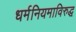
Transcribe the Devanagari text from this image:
धर्मनियमाविरुद्ध